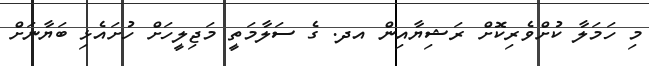
މި ހަމަލާ ކުށްވެރިކޮށް ރަޝިޔާއިން އދ. ގެ ސަލާމަތީ މަޖިލީހަށް ހުށައެޅި ބަޔާނަށް